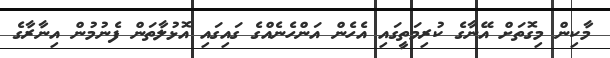
މާކިން މިގޮތަށް އޭނާގެ ކުރިމަތީގައި އެހެން އަންހެނެއްގެ ގައިގައި އޮޅުލާތަން ފެނުމުން އިނާރާގެ